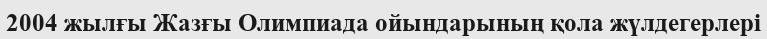
2004 жылғы Жазғы Олимпиада ойындарының қола жүлдегерлері